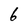
Character: 6